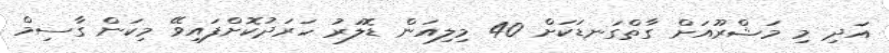
އަދި މި މަޝްރޫއަށް ގާތްގަނޑަކަށް 40 މިލިއަން ޑޮލަރު ހަރަދުކޮށްފައިވޭ މިކަން ގާސިމް